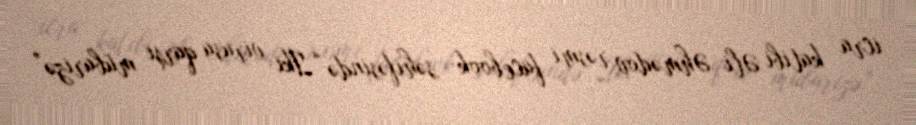
icra katibi Əli Əhmədov rəsmi facebook səhifəsində “İki virusa qarşı mübarizə”